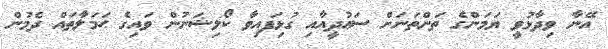
އޭނާ ވިދާޅުވީ ޔަމަންގެ ތަންތަނަށް ސަޢުދީއާއި ގުޅިފައިވާ ކޯލިޝަނުން ވައިގެ ޙަމަލާތައް ދެމުން